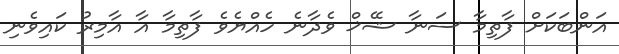
އަންބަކަށް ފާތިމާ ސަނާ ޝޭޚް ވެދާނެ ހެއްޔެވެ ފާތިމާ އާ އާމިރު ކައިވެނި